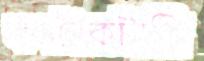
কনট্রাকটারি